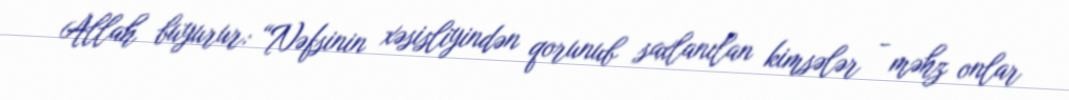
Allah buyurur: “Nəfsinin xəsisliyindən qorunub saxlanılan kimsələr - məhz onlar